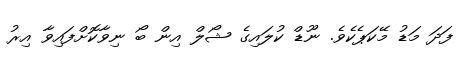
ފަދަ މަޑު މޭކަޕެކެވެ. ނޫޑް ކުލައިގެ ޝޯލް އިން ބޯ ނިވާކޮށްފައިވާ އިރު